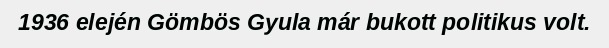
1936 elején Gömbös Gyula már bukott politikus volt.